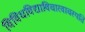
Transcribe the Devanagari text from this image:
विविधविद्याविचारवाचस्पति